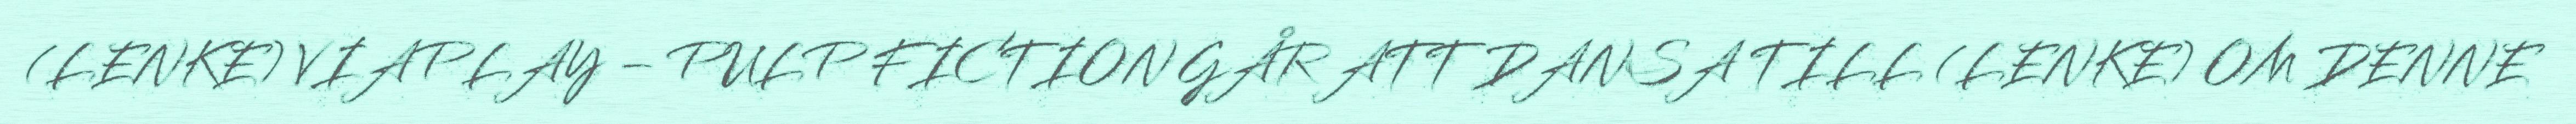
(LENKE) VIAPLAY – PULP FICTION GÅR ATT DANSA TILL (LENKE) OM DENNE